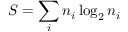
S = \sum _ { i } n _ { i } \log _ { 2 } n _ { i }